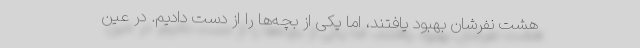
هشت نفرشان بهبود یافتند، اما یکی از بچه‌ها را از دست دادیم. در عین